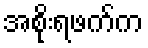
အစိုးရဖက်က